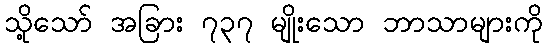
သို့သော် အခြား ၇၃၇ မျိုးသော ဘာသာများကို